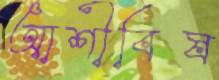
আশীবিষ